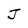
Character: J